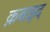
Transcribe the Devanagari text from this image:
क़वाइद